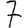
Digit: 7